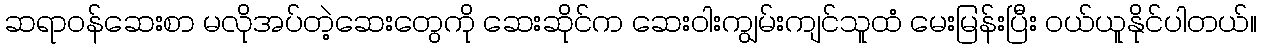
ဆရာဝန်ဆေးစာ မလိုအပ်တဲ့ဆေးတွေကို ဆေးဆိုင်က ဆေးဝါးကျွမ်းကျင်သူထံ မေးမြန်းပြီး ဝယ်ယူနိုင်ပါတယ်။